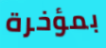
بمؤخرة